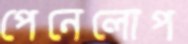
পেনেলোপ